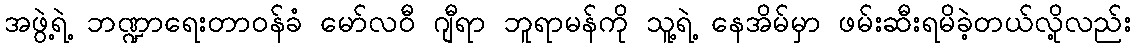
အဖွဲ့ရဲ့ ဘဏ္ဍာရေးတာဝန်ခံ မော်လဝီ ဂျီရာ ဘူရာမန်ကို သူ့ရဲ့ နေအိမ်မှာ ဖမ်းဆီးရမိခဲ့တယ်လို့လည်း